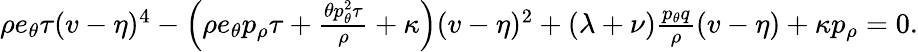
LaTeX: \begin{array}{r}{\rho e_{\theta}\tau(v-\eta)^{4}-\left(\rho e_{\theta}p_{\rho}\tau+\frac{\theta p_{\theta}^{2}\tau}{\rho}+\kappa\right)(v-\eta)^{2}+(\lambda+\nu)\frac{p_{\theta}q}{\rho}(v-\eta)+\kappa p_{\rho}=0.}\end{array}